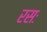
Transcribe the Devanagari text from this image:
रसः